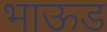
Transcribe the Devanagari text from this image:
भाऊड